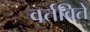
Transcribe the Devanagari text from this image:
वर्तविते